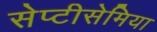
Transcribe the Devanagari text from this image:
सेप्टीसेमिया